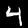
Label: 4